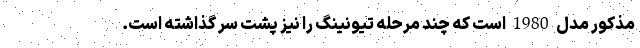
مذکور مدل 1980 است که چند مرحله تیونینگ را نیز پشت سر گذاشته است.